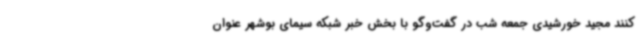
کنند مجید خورشیدی جمعه شب در گفت‌وگو با بخش خبر شبکه سیمای بوشهر عنوان